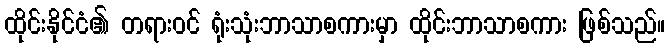
ထိုင်းနိုင်ငံ၏ တရားဝင် ရုံးသုံးဘာသာစကားမှာ ထိုင်းဘာသာစကား ဖြစ်သည်။